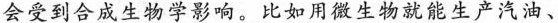
会受到合成生物学影响。比如用微生物就能生产汽油、